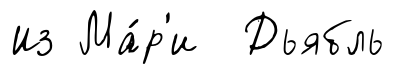
Из Ма́р'и Дьябль